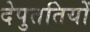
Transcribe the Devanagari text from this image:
देपुततियों